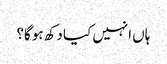
ہاں انہیں کیا دکھ ہوگا؟